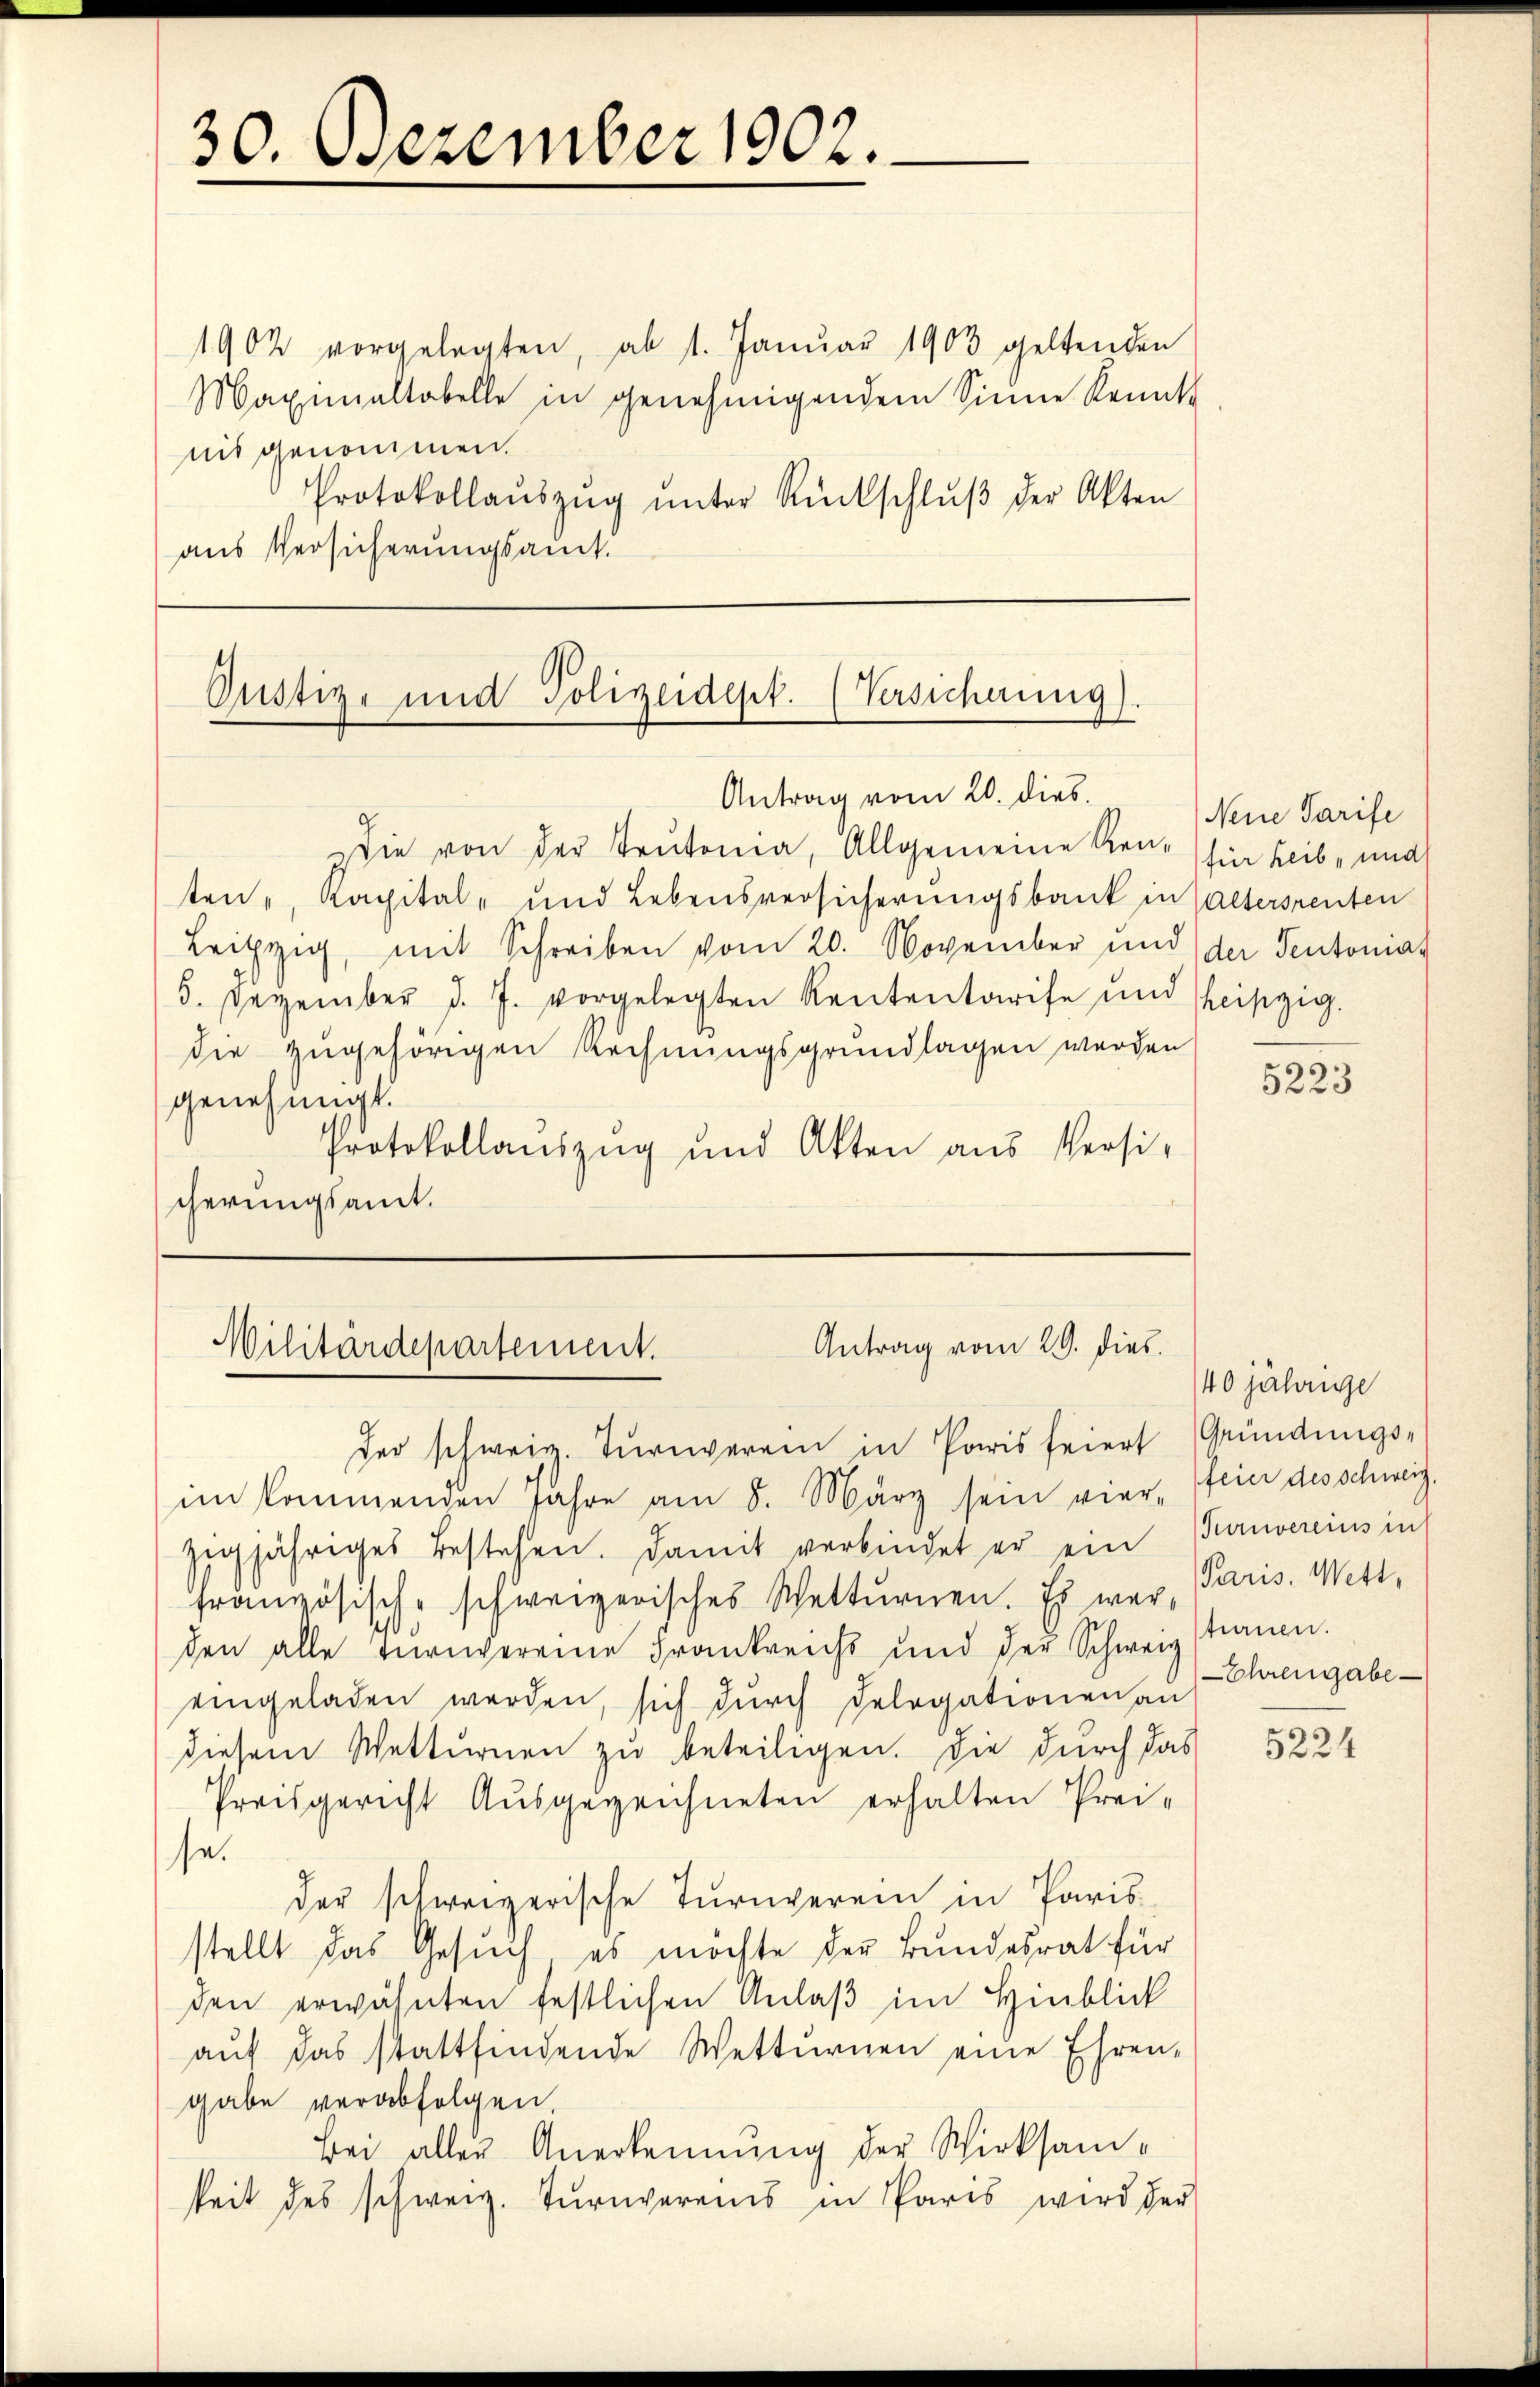
30. Dezember 1902.

1902 vorgelegten, ab 1. Janŭar 1903 geltenden
Maximaltabelle in genehmigendem Sinne kannte
nit genommen.
Protokollaŭszŭg ŭnter Rückschlŭβ der Akten
aus Versicherungsamt.

Oustiz- und Polizeidept. (Versicherung).
Antrag vom 20. dies

Die von der Teutonia, Allgemeine Reue hier Leib- und
ten", Kapital- und Lebensversicherungsbank in altersrenten
Leipzig, mit Schreiben vom 20. November und der Sentonias
5. Dezember d. J. vorgelegten Rententarife und Theipzig.
die zugehörigen Rechnungsgrundlagen werden
genehmigt.
Protokollauszug und Akten aus Versi-
cherungsamt.

Antrag vom 29. dies
Militärdepartement.

der schweiz. Turnverein in Paris feiert Gründungs-
im kommenden Jahre am 8. März sein vier feier des Schweiz,
zigjähriges Bestehen. Damit verbindet er ein unvereins in
französisch-schweizerisches Wetternen. Es war, Paris. Witt¬

den alle Turnvereine Frankreichs und der Schweiz
eingeladen werden, sich dŭrch Delegationen an
diesem Wetternen zu beteiligen. Die durch das
Preisgericht Ausgezeichneten erhalten Prei-
se.
der schweizerische Turnverein in Paris-
stellt das Gesuch es möchte der Bundesrat für
den erwähnten festlichen Anlaß im Hinblick
aŭf das stattfindende Wetternen eine Ehren-
gabe verabfolgen.
Bei aller Anerkennung der Wirksamkeit des schweiz. Turnvereies in Paris wird der

Neine Tarife

5223

40 jährige
tinen.
Ehrengabe

5224